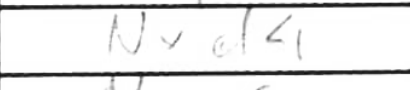
Transcription: Nxd4